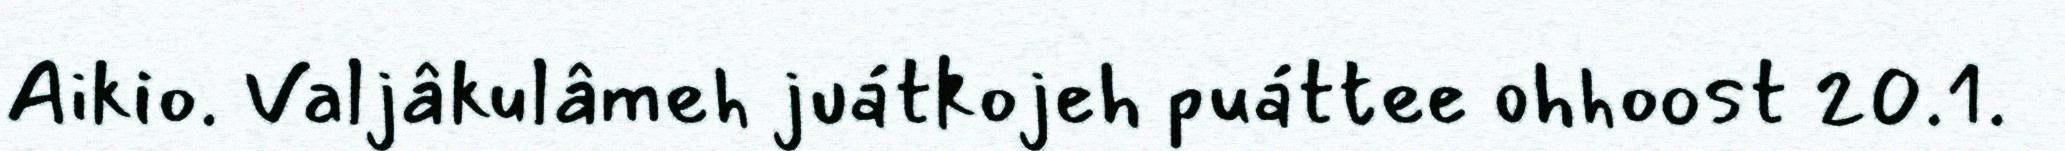
Aikio. Valjâkulâmeh juátkojeh puáttee ohhoost 20.1.